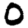
Digit: 0